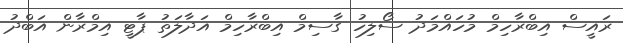
ރައީސް އިބްރާހިމް މުހައްމަދު ސޯލިހު ގާސިމް އިބްރާހިމް އަދާލަތު ޕާޓީ އިމްރާން އަބްދު